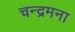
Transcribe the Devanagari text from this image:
चन्द्रमना